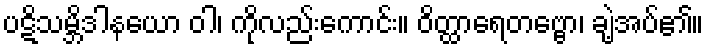
ပဋိသမ္ဘိဒါနယော ဝါ၊ ကိုလည်းကောင်း။ ဝိတ္ထာရေတဗ္ဗော၊ ချဲ့အပ်၏။